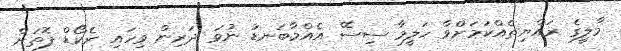
މާލީގެ ރައްޔިތެއްކަމަށްވާ ހަލީމާ ސިސޭ އެއްމާބަނޑު ނުވަ ދަރިން ވިހައި ރެކޯޑް ފޮތަށް